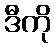
ဒီကို